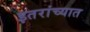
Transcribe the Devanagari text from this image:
इतरांच्यात